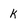
Character: k